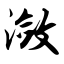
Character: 潋